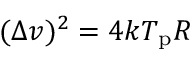
( \Delta v ) ^ { 2 } = 4 k T _ { \mathrm { p } } R